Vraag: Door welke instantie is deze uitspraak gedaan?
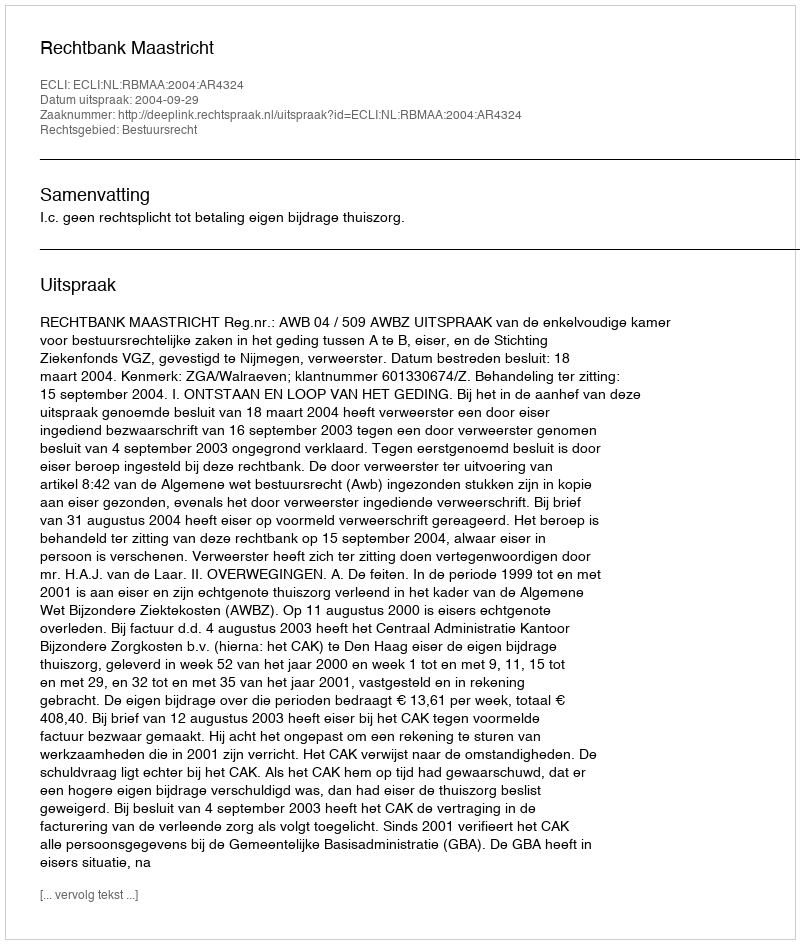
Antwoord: Rechtbank Maastricht